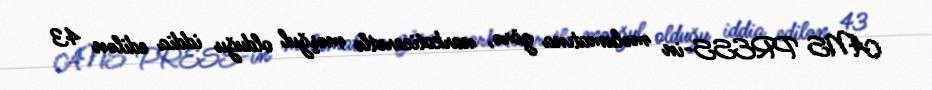
ANS PRESS-in məlumatına görə, narkoticarətlə məşğul olduğu iddia edilən 43